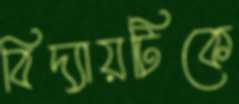
বিদ্যায়টিকে